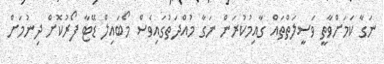
ނަގާ ކަމަށްވާތީ ވަސީލަތްތައް ގާއިމުކުރަން ނަގާ މުއްދަތުގައިވެސް މޯބައިލް ޑޭޓާ ފޯރުކޮށް ދިނުމަށް